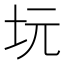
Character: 坃